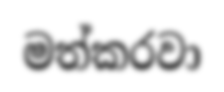
මත්කරවා